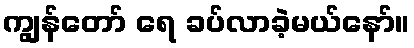
ကျွန်တော် ရေ ခပ်လာခဲ့မယ်နော်။